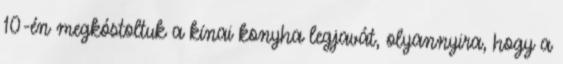
10-én megkóstoltuk a kínai konyha legjavát, olyannyira, hogy a